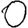
Digit: 0